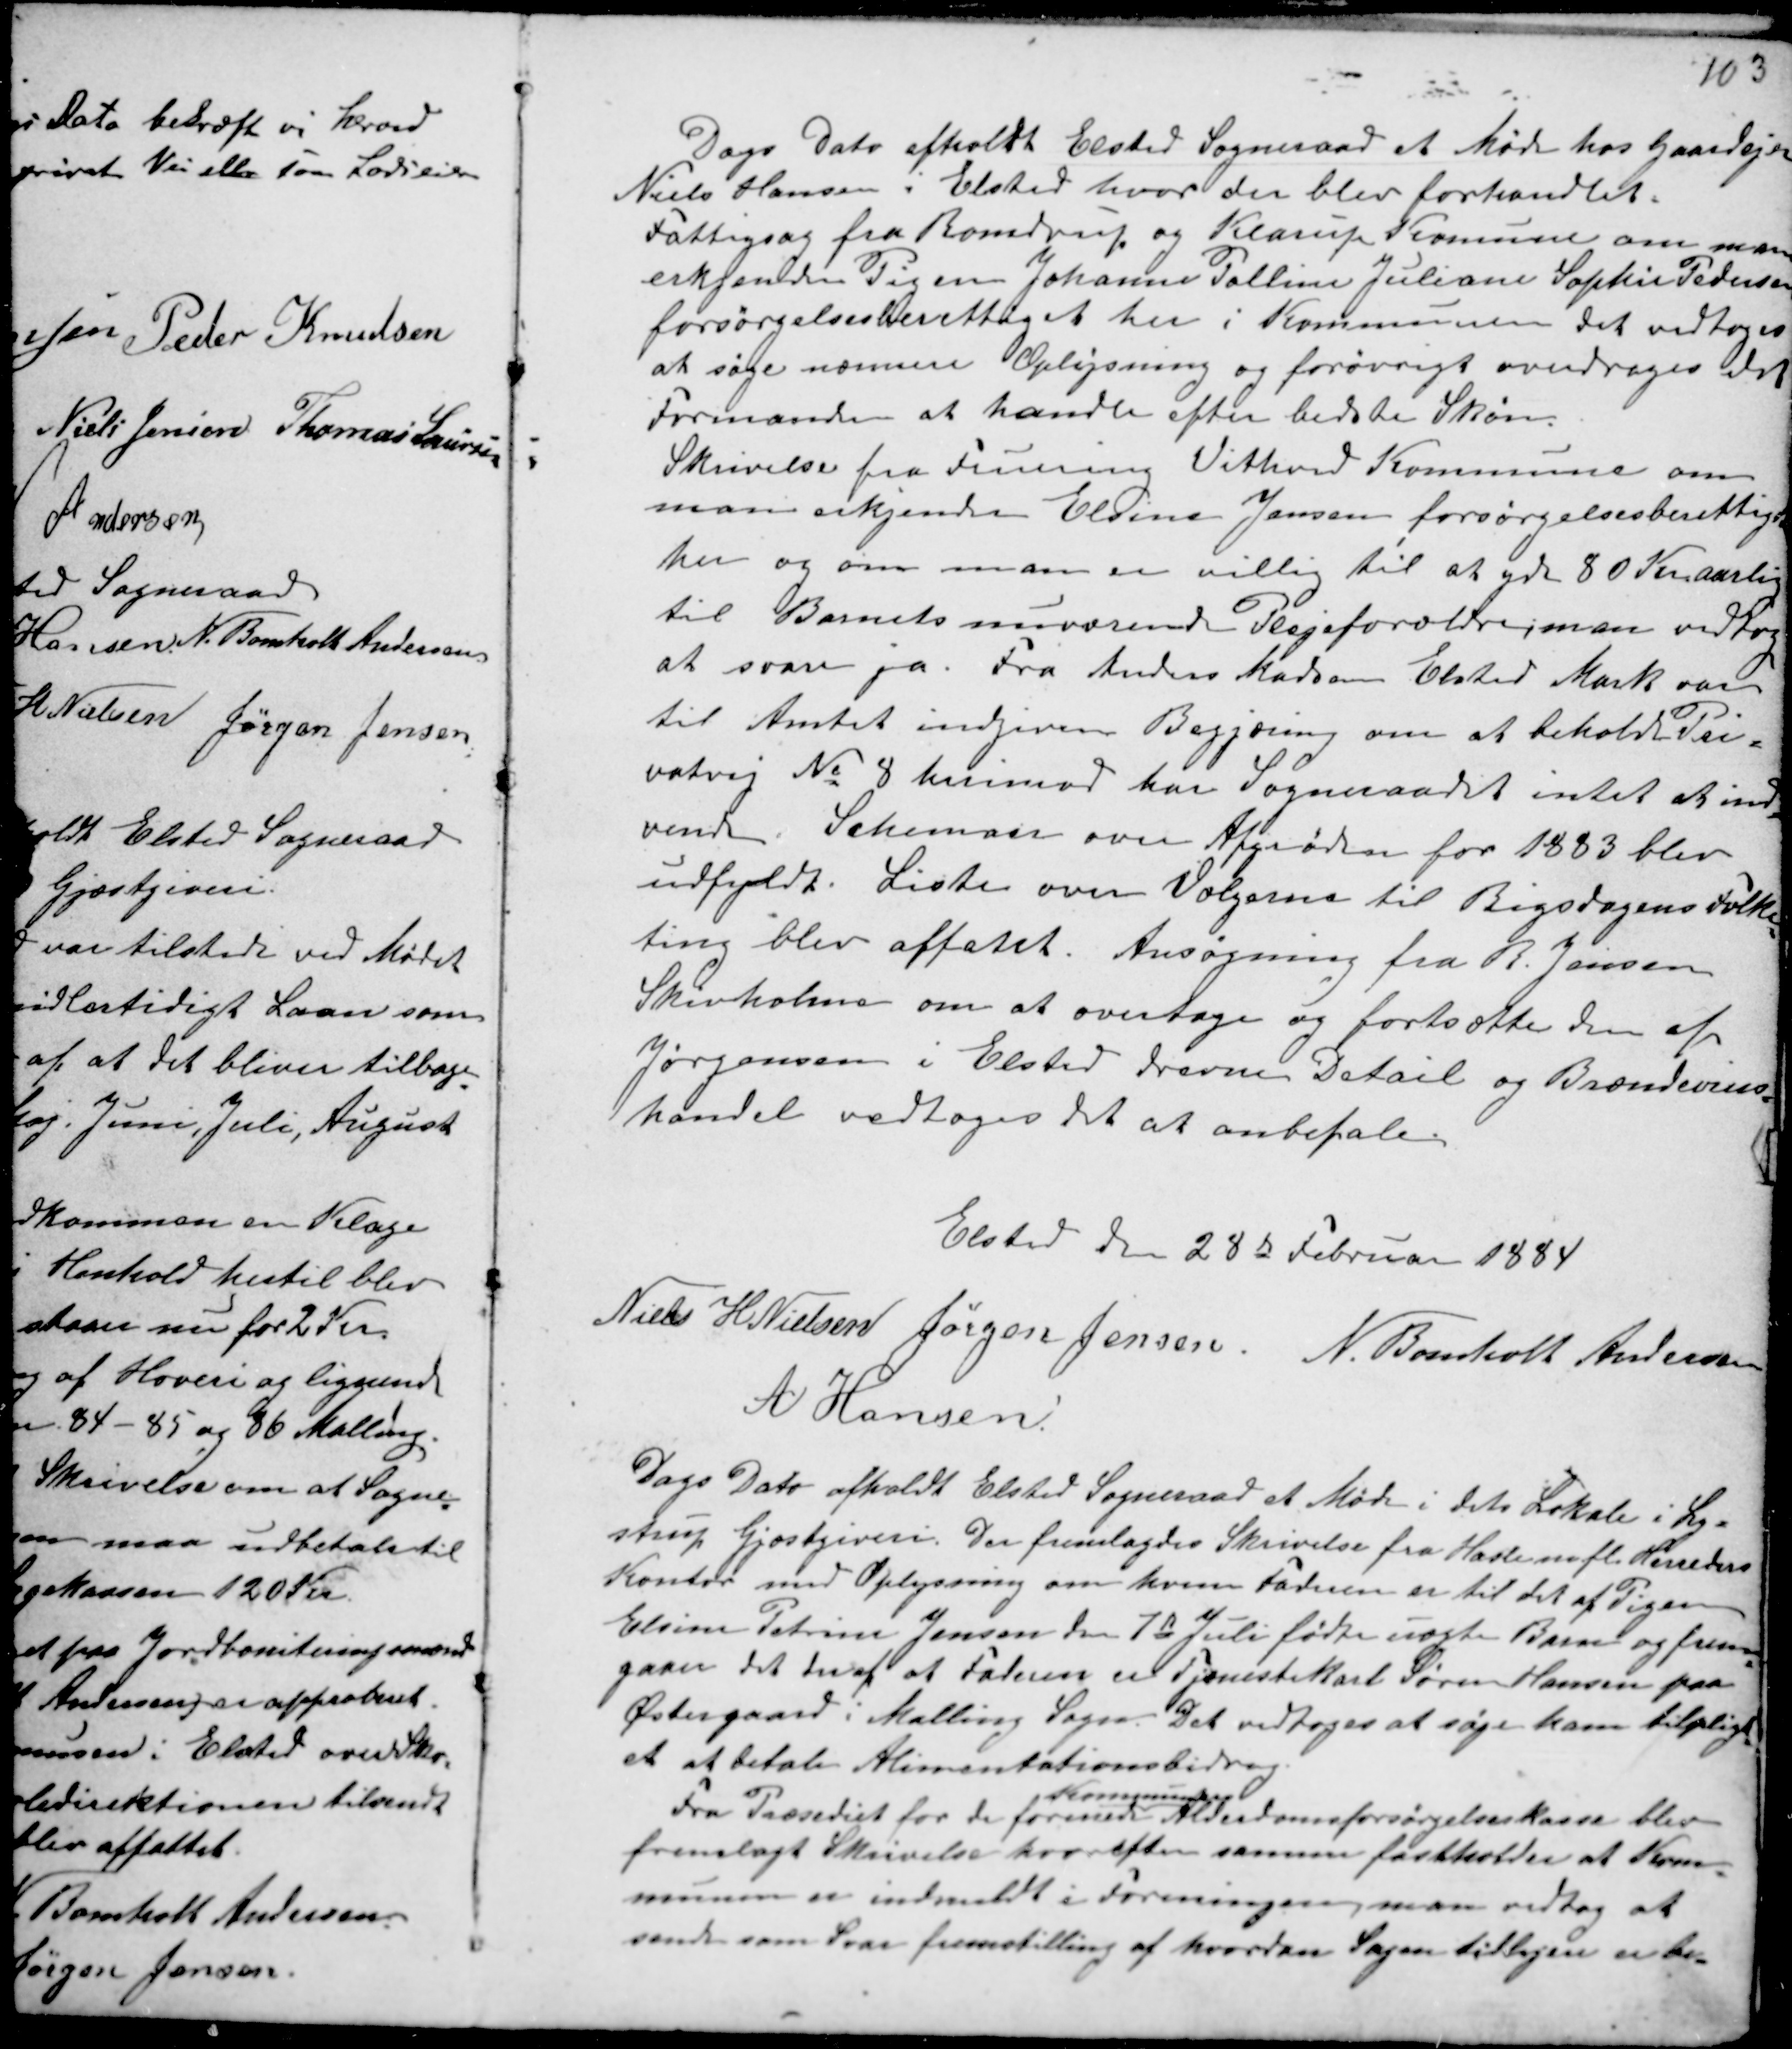
Transskription:
Dags Dato afholdt Elsted Sogneraad et Møde hos Gaardejer
Niels Hansen i Elsted hvor der blev forhandlet.
Fattigsag fra Romdrup og Klarup Komune om man
erkjender Pigen Johanne Palline Juliane Sophie Pedersen
forsørgelsesberettiget her i Kommunen det vedtoges
at søge nærmere Oplysning og forøvrigt overdrages det
Formanden at handle efter bedste Skøn.
Skrivelse fra Fruering Vithved Kommune om
man erkjender Elsine Jensen forsørgelsesberettiget
her og om man er villig til at yde 80 Kr aarlig
til Barnets nuværende Plejeforældre; man vedtog
at svare ja. Fra Anders Madsen Elsted Mark var
til Amtet indgiven Begjæring om at beholde Pri-
vatvej No 8 herimod har Sogneraadet intet at ind-
vende. Schemaer over Afgrøden for 1883 blev
udfyldt. Liste over Vælgere til Rigsdagens Folke-
ting blev affatet. Ansøgning fra R. Jensen
Skivholme om at overtage og fortsætte den af
Jørgensen i Elsted drevne Detail og Brændevins-
handel vedtoges det at anbefale.

Elsted den 28d Februar 1884
Niels H Nielsen Jørgen Jensen. N. Bomholt Andersen
A Hansen.

Dags Dato afholdt Elsted Sogneraad et Møde i dets Lokale i Ly-
strup Gjæstgiveri. Der fremlagdes Skrivelse fra Hasle mfl. Herreders
Kontor med Oplysning om hvem Faderen er til det af Pigen
Elsine Petrine Jensen den 7de Juli fødte uægte Barn og frem-
gaaer det heraf at Faderen er Tjenestekarl Søren Hansen paa
Østergaard i Malling Sogn. Det vedtoges at søge ham tilpligt-
et at betale Alimentationsbidrag.
Fra Præsediet for de forenede
Kommuners
Alderdomsforsørgelseskasse blev
fremlagt Skrivelse hvorefter samme fastholder at Kom-
munen er indmeldt i Foreningen, man vedtog at
sende som Svar fremstilling af hvordan Sagen tidligere er be-